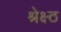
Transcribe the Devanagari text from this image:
श्रेक्ष्ठ